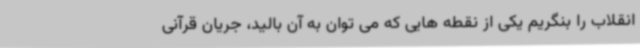
انقلاب را بنگریم یکی از نقطه هایی که می توان به آن بالید، جریان قرآنی